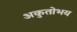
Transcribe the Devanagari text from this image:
अकुतोभय